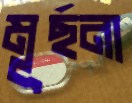
মূর্ছনা